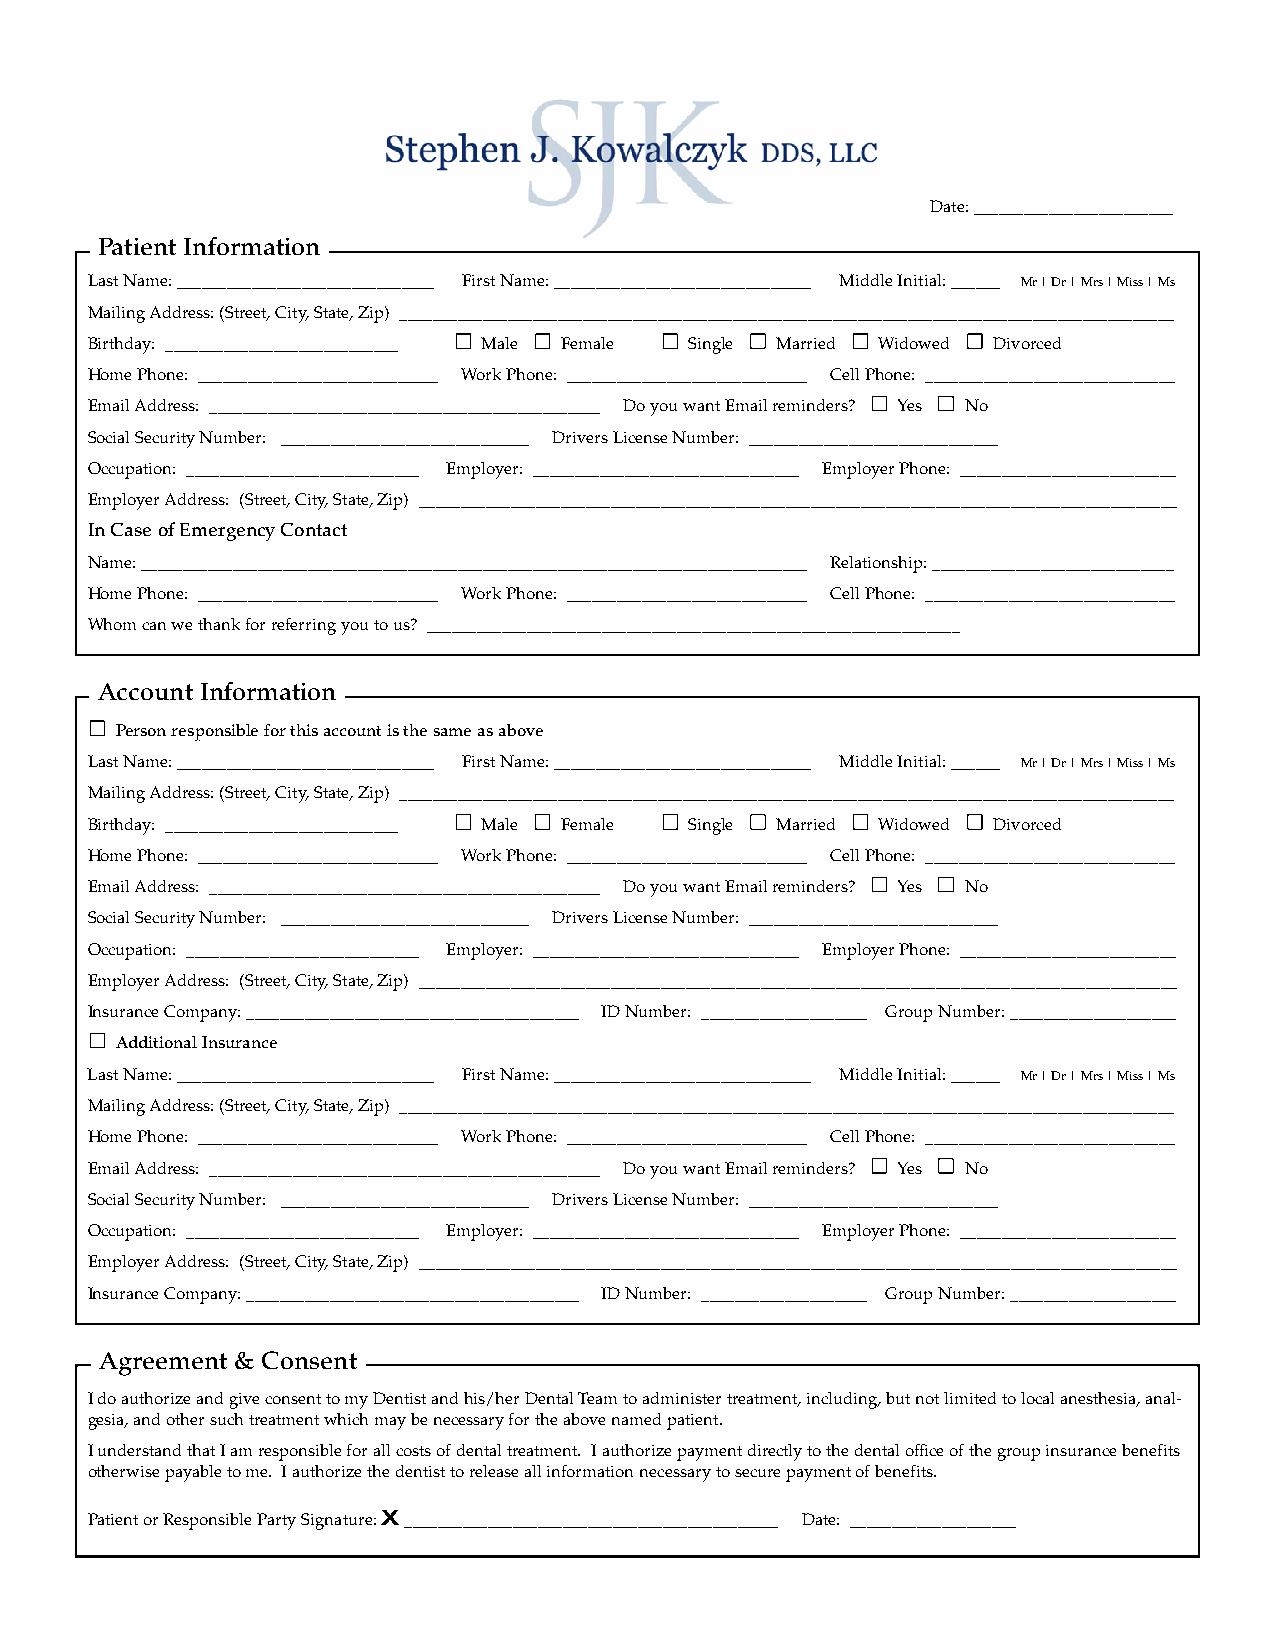
Date: ________________________
 Patient Information
 Last Name: _______________________________ First Name: _______________________________ Middle Initial: ______ Mr | Dr | Mrs | Miss | Ms
 Mailing Address: (Street, City, State, Zip) _____________________________________________________________________________________________
 Birthday: ____________________________ Male Female Single Married Widowed Divorced
 Home Phone: _____________________________ Work Phone: _____________________________ Cell Phone: ______________________________
 Email Address: _______________________________________________ Do you want Email reminders? Yes No
 Social Security Number: ______________________________ Drivers License Number: ______________________________
 Occupation: ____________________________ Employer: ________________________________ Employer Phone: __________________________
 Employer Address: (Street, City, State, Zip) ___________________________________________________________________________________________
 In Case of Emergency Contact
 Name: ________________________________________________________________________________ Relationship: _____________________________
 Home Phone: _____________________________ Work Phone: _____________________________ Cell Phone: ______________________________
 Whom can we thank for referring you to us? ________________________________________________________________
 Account Information
 Person responsible for this account is the same as above
 Last Name: _______________________________ First Name: _______________________________ Middle Initial: ______ Mr | Dr | Mrs | Miss | Ms
 Mailing Address: (Street, City, State, Zip) _____________________________________________________________________________________________
 Birthday: ____________________________ Male Female Single Married Widowed Divorced
 Home Phone: _____________________________ Work Phone: _____________________________ Cell Phone: ______________________________
 Email Address: _______________________________________________ Do you want Email reminders? Yes No
 Social Security Number: ______________________________ Drivers License Number: ______________________________
 Occupation: ____________________________ Employer: ________________________________ Employer Phone: __________________________
 Employer Address: (Street, City, State, Zip) ___________________________________________________________________________________________
 Insurance Company: ________________________________________ ID Number: ____________________ Group Number: ____________________
 Additional Insurance
 Last Name: _______________________________ First Name: _______________________________ Middle Initial: ______ Mr | Dr | Mrs | Miss | Ms
 Mailing Address: (Street, City, State, Zip) _____________________________________________________________________________________________
 Home Phone: _____________________________ Work Phone: _____________________________ Cell Phone: ______________________________
 Email Address: _______________________________________________ Do you want Email reminders? Yes No
 Social Security Number: ______________________________ Drivers License Number: ______________________________
 Occupation: ____________________________ Employer: ________________________________ Employer Phone: __________________________
 Employer Address: (Street, City, State, Zip) ___________________________________________________________________________________________
 Insurance Company: ________________________________________ ID Number: ____________________ Group Number: ____________________
 Agreement & Consent
 I do authorize and give consent to my Dentist and his/her Dental Team to administer treatment, including, but not limited to local anesthesia, anal-
 gesia, and other such treatment which may be necessary for the above named patient.
 I understand that I am responsible for all costs of dental treatment. I authorize payment directly to the dental office of the group insurance benefits
 otherwise payable to me. I authorize the dentist to release all information necessary to secure payment of benefits.
 Patient or Responsible Party Signature: X_____________________________________________ Date: ____________________